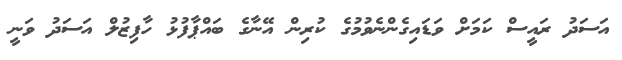
އަސަދު ރައީސް ކަމަށް ވަޑައިގެންނެވުމުގެ ކުރިން އޭނާގެ ބައްޕާފުޅު ހާފިޒުލް އަސަދު ވަނީ